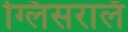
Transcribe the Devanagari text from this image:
ग्लिसरालॅ